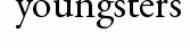
youngsters